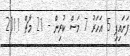
ފަށައިފި 5 އަހަރު 7 މަސް ކުރިން - 21 މާޗް 2011